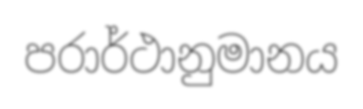
පරාර්ථානුමානය